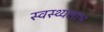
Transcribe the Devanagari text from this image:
स्वस्थ्यलाभ